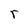
Character: r